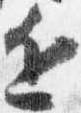
近